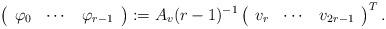
LaTeX: \begin{align*}\left(\begin{array}{ccc}\varphi_0 & \cdots & \varphi_{r-1}\end{array}\right):=A_{v}(r-1)^{-1}\left(\begin{array}{ccc}v_r & \cdots &v_{2r-1}\end{array}\right)^{T}.\end{align*}